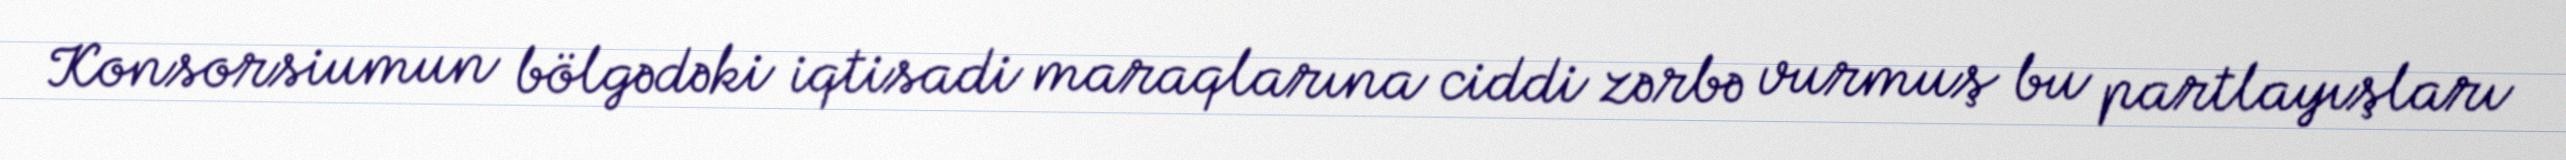
Konsorsiumun bölgədəki iqtisadi maraqlarına ciddi zərbə vurmuş bu partlayışları